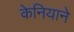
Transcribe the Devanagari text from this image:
केनियाने